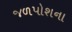
જળપોશના